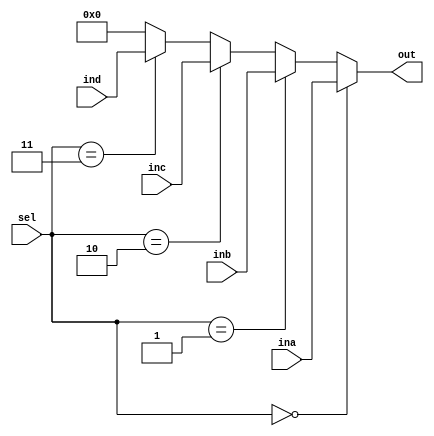
`timescale 1ns / 1ps
//////////////////////////////////////////////////////////////////////////////////
// Company: 
// Engineer: 
// 
// Design Name: 
// Module Name: mux4_1
// Project Name: 
// Target Devices: 
// Tool Versions: 
// Description: 
// 
// Dependencies: 
// 
// Revision:
// Revision 0.01 - File Created
// Additional Comments:
// 
//////////////////////////////////////////////////////////////////////////////////


module mux4_1(
    input [31:0] ina, inb, inc, ind,
    input [1:0] sel,
    output [31:0] out
    );
    
    assign out = sel == 2'b00 ? ina
               : sel == 2'b01 ? inb
               : sel == 2'b10 ? inc
               : sel == 2'b11 ? ind : 0;
    
endmodule